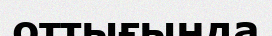
оттығында